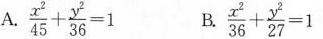
A.$$\frac { x ^ { 2 } } { 4 5 } + \frac { y ^ { 2 } } { 3 6 } = 1$$ B.$$\frac { x ^ { 2 } } { 3 6 } + \frac { y ^ { 2 } } { 2 7 } = 1$$